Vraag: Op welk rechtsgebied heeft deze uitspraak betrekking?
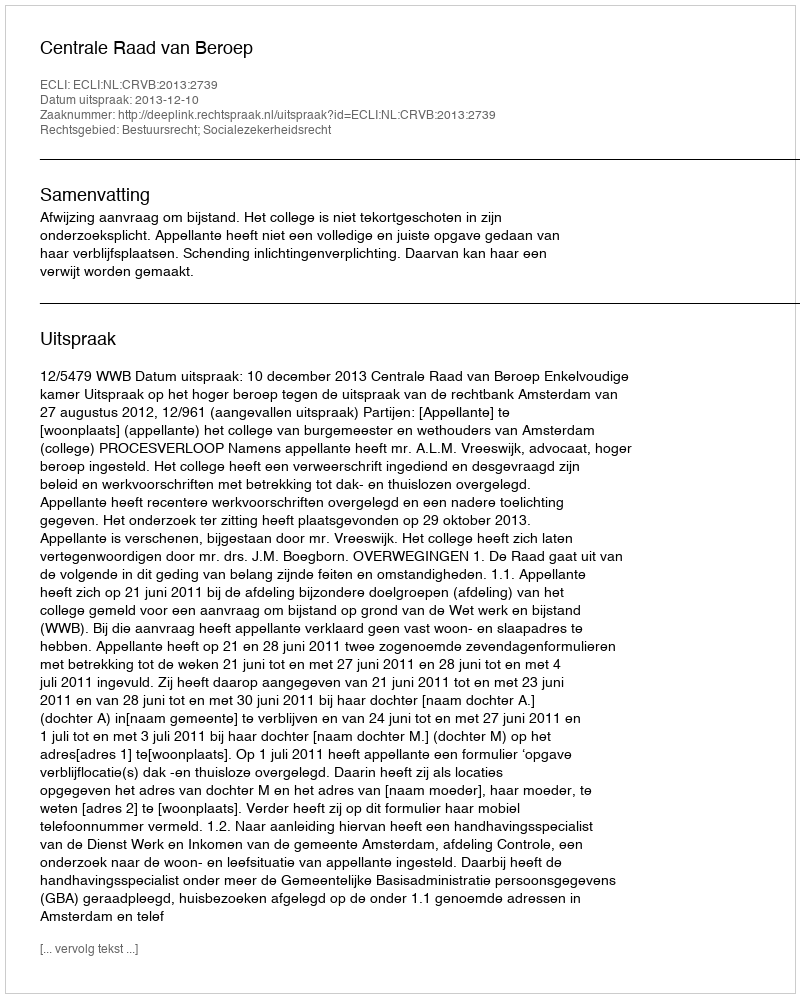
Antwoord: Bestuursrecht; Socialezekerheidsrecht